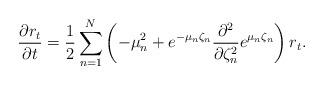
LaTeX: \begin{align*}\frac{\partial r_{t}}{\partial{t}}=\frac{1}{2}\sum_{n=1}^N\left(-\mu_n^2+e^{-\mu_n\zeta_n}\frac{\partial^2 }{\partial\zeta_n^2}e^{\mu_n\zeta_n}\right)r_{t}.\end{align*}